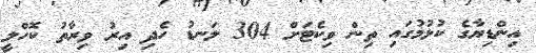
އިންޑިޔާގެ ކުޅުމުގައި ތިން ވިކެޓަށް 304 ލަނޑު ހެދި އިރު ވިރާތު ކޮހްލީ